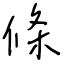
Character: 條